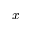
x